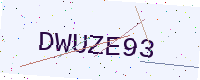
Text: DWUZE93